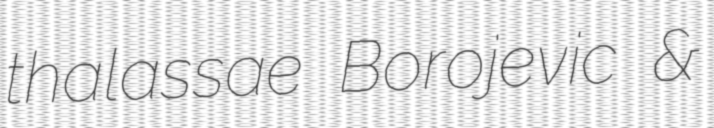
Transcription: thalassae Borojevic &